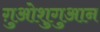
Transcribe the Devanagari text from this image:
ग़ुओशुगुआन